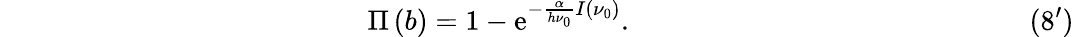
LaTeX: \qquad\qquad\qquad\qquad\qquad\quad\quad\quad\Pi\left(b\right)=1-\mathrm{e}^{-\frac{{\alpha}}{{h\nu_{0}}}I({\nu_{0}})}.\qquad\qquad\qquad\qquad\qquad\qquad\quad\quad(8^{\prime})